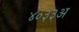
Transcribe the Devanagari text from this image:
४०३३अ